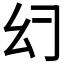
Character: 𰏰